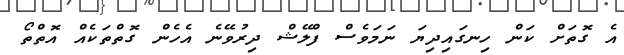
އެ ގޮތަށް ކަން ހިނގައިދިޔަ ނަމަވެސް ފްލޭޝް ދިރުވޭނެ އެހެން ގޮތްތަކެއް އޮތްތޯ